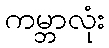
ကမ္ဘာလုံး